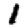
Digit: 1